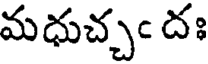
మధుచ్చం దః